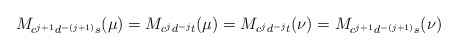
\begin{align*}M_{c^{j+1}d^{-(j+1)}s}(\mu)=M_{c^jd^{-j}t}(\mu)=M_{c^jd^{-j}t}(\nu)=M_{c^{j+1}d^{-(j+1)}s}(\nu) \end{align*}